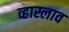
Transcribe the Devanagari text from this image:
व्हास्लाव